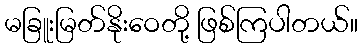
မခြူးမြတ်နိုးဝေတို့ ဖြစ်ကြပါတယ်။